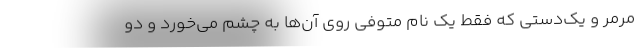
مرمر و یک‌دستی که فقط یک نامِ متوفی روی آن‌ها به چشم می‌خورد و دو